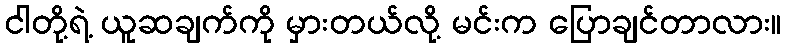
ငါတို့ရဲ့ ယူဆချက်ကို မှားတယ်လို့ မင်းက ပြောချင်တာလား။